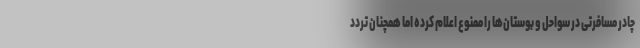
چادر مسافرتی در سواحل و بوستان‌ها را ممنوع اعلام کرده اما همچنان تردد